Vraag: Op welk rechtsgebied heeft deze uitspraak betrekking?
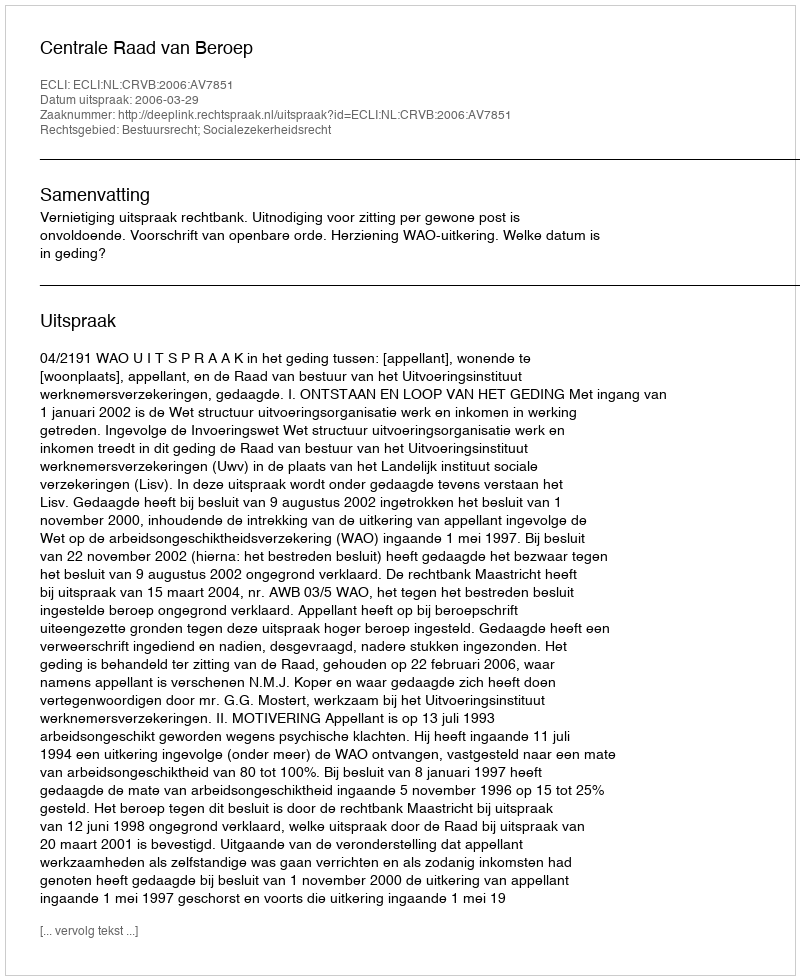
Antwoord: Bestuursrecht; Socialezekerheidsrecht